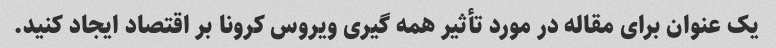
یک عنوان برای مقاله در مورد تأثیر همه گیری ویروس کرونا بر اقتصاد ایجاد کنید.